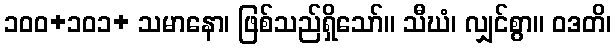
၁၀၀+၁၀၁+ သမာနော၊ ဖြစ်သည်ရှိသော်။ သီဃံ၊ လျှင်စွာ။ ဝဒတိ၊